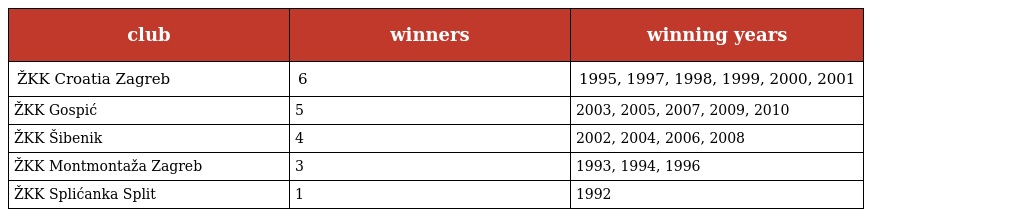
| club | winners | winning years |
 | --- | --- | --- |
 | ŽKK Croatia Zagreb | 6 | 1995, 1997, 1998, 1999, 2000, 2001 |
 | ŽKK Gospić | 5 | 2003, 2005, 2007, 2009, 2010 |
 | ŽKK Šibenik | 4 | 2002, 2004, 2006, 2008 |
 | ŽKK Montmontaža Zagreb | 3 | 1993, 1994, 1996 |
 | ŽKK Splićanka Split | 1 | 1992 |